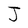
Character: J